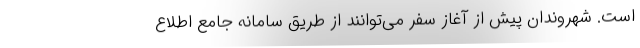
است. شهروندان پیش از آغاز سفر می‌توانند از طریق سامانه جامع اطلاع